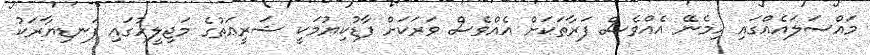
މައްސަލައެއްގައި ހިމެނޭ އެއްވެސް ފަރާތަކަށް އެއްވެސް ވަރަކަށް ފާޑުކިޔުމަކީ ޝަރީޢަތުގެ މަޖިލީހުގައި ފަނޑިޔާރަކު